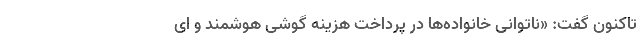
تا‌کنون گفت: «ناتوانی خانواده‌ها در پرداخت هزینه گوشی هوشمند و ای